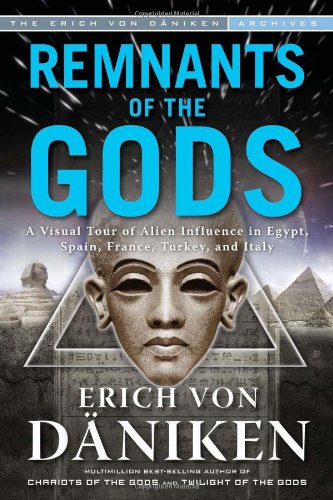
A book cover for Remnants of the Gods: A Visual Tour of Alien Influence in Egypt, Spain, France, Turkey, and Italy; Erich von Daniken; Religion & Spirituality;